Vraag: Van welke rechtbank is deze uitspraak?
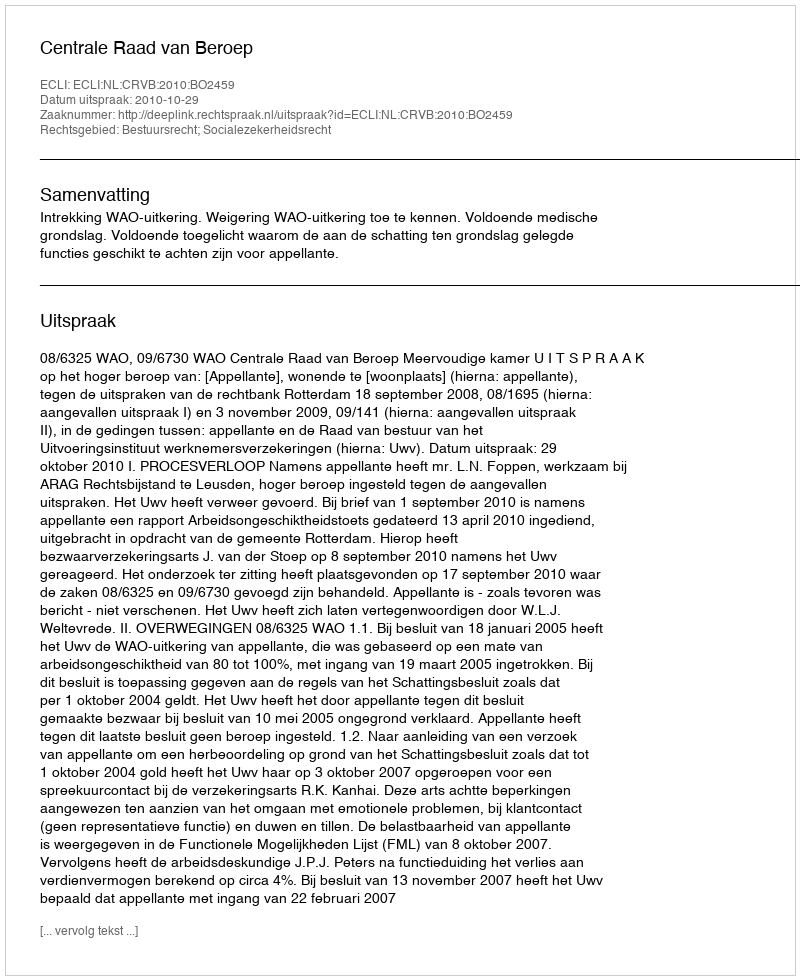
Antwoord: Centrale Raad van Beroep